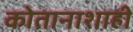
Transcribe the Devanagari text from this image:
कोतानाशाही